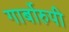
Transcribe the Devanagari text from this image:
गार्बोरुपी